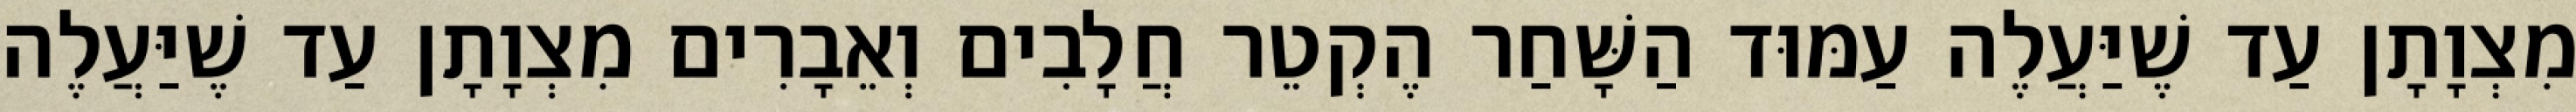
מִצְוָתָן עַד שֶׁיַּעֲלֶה עַמּוּד הַשָּׁחַר הֶקְטֵר חֲלָבִים וְאֵבָרִים מִצְוָתָן עַד שֶׁיַּעֲלֶה